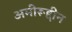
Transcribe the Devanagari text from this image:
अमीरूद्दीन